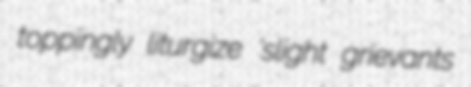
toppingly liturgize 'slight grievants